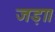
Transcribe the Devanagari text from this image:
जड़ा।